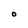
Character: O